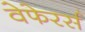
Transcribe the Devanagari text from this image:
वेफेरर्स